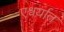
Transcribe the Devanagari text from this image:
एश्वर्यात